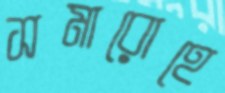
সমারোহে